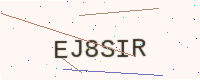
Text: EJ8SIR